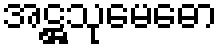
အဋ္ဌသုမေဓော